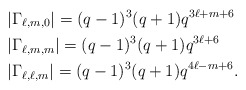
\begin{align*} &|\Gamma_{\ell,m,0}|=(q-1)^3(q+1)q^{3\ell+m+6}\\ &|\Gamma_{\ell,m,m}| =(q-1)^3(q+1)q^{3\ell+6}\\ &|\Gamma_{\ell,\ell,m}|=(q-1)^3(q+1)q^{4\ell-m+6}. \end{align*}